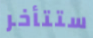
ستتأخر